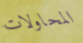
المحاولات